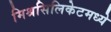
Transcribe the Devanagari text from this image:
मिश्रसिलिकेटमध्ये